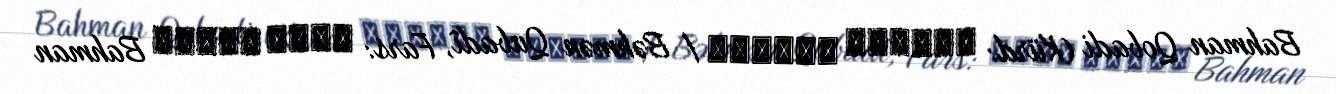
Bahman Qobadi (Kürd: بەهمەن قوبادی / Bəhmən Qubadî, Fars: بهمن قبادی Bahman